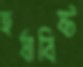
হর্ষাবিষ্ট